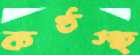
কণ্ঠস্হ